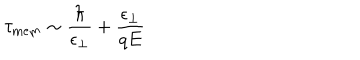
\tau _ { \mathrm { m e m } } \sim { \frac { \hbar } { \epsilon _ { \perp } } } + { \frac { \epsilon _ { \perp } } { q E } }